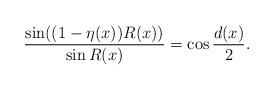
LaTeX: \begin{align*}\frac{\sin ((1-\eta(x))R(x))}{\sin R(x)} = \cos \frac{d(x)}{2}. \end{align*}